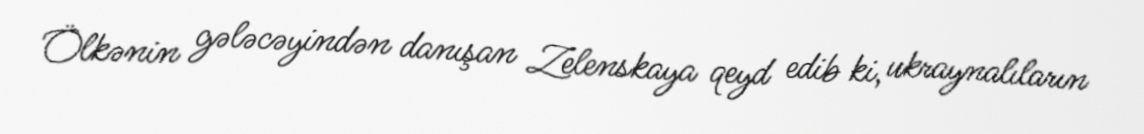
Ölkənin gələcəyindən danışan Zelenskaya qeyd edib ki, ukraynalıların